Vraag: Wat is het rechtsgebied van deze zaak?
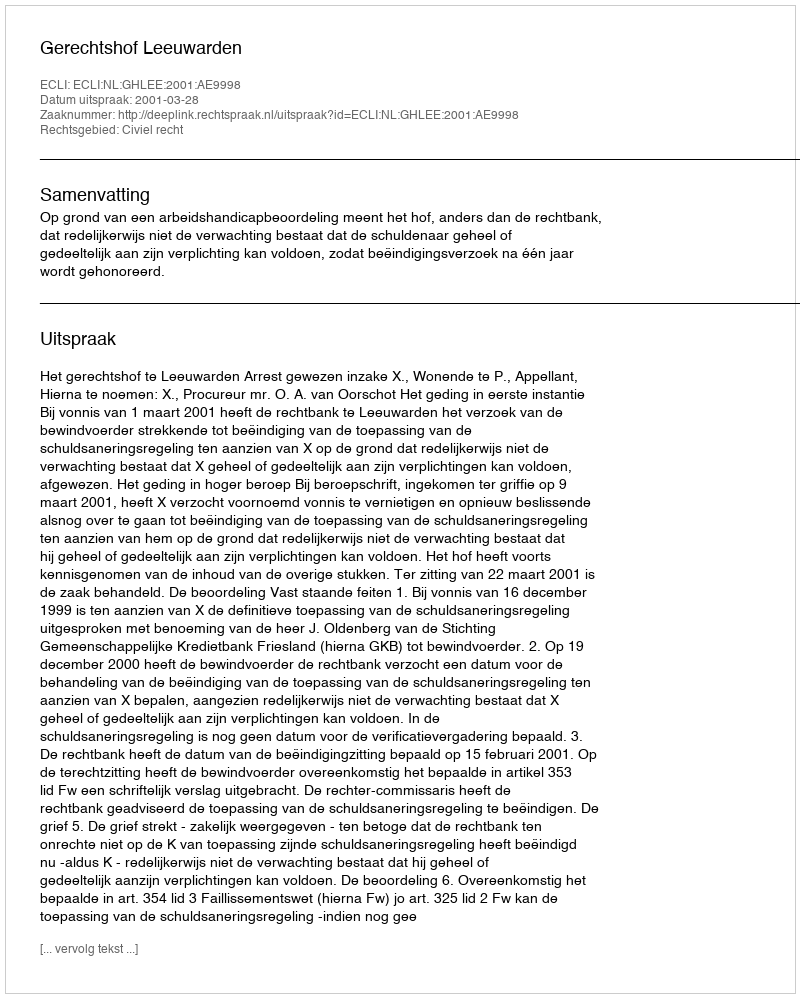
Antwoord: Civiel recht